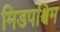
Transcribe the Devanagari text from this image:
मिडपश्चिम